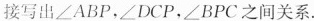
接写出∠ABP，∠DCP，∠BPC之间关系.